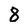
Character: 8